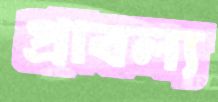
প্রাবল্য